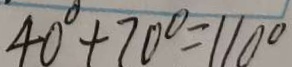
4 0 ^ { \circ } + 7 0 ^ { \circ } = 1 1 0 ^ { \circ }